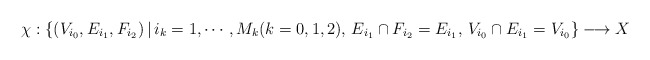
\begin{align*}\chi : \{(V_{i_0},E_{i_1}, F_{i_2})\, |\, i_k=1,\cdots,M_k (k=0,1,2),\, E_{i_1}\cap F_{i_2} =E_{i_1},\,V_{i_0}\cap E_{i_1} =V_{i_0} \}\longrightarrow X\end{align*}